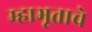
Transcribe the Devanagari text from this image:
म्हाभूताचे